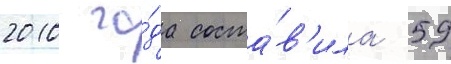
2010 го́да соста́в'ила 59